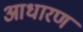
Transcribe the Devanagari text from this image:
आधारण